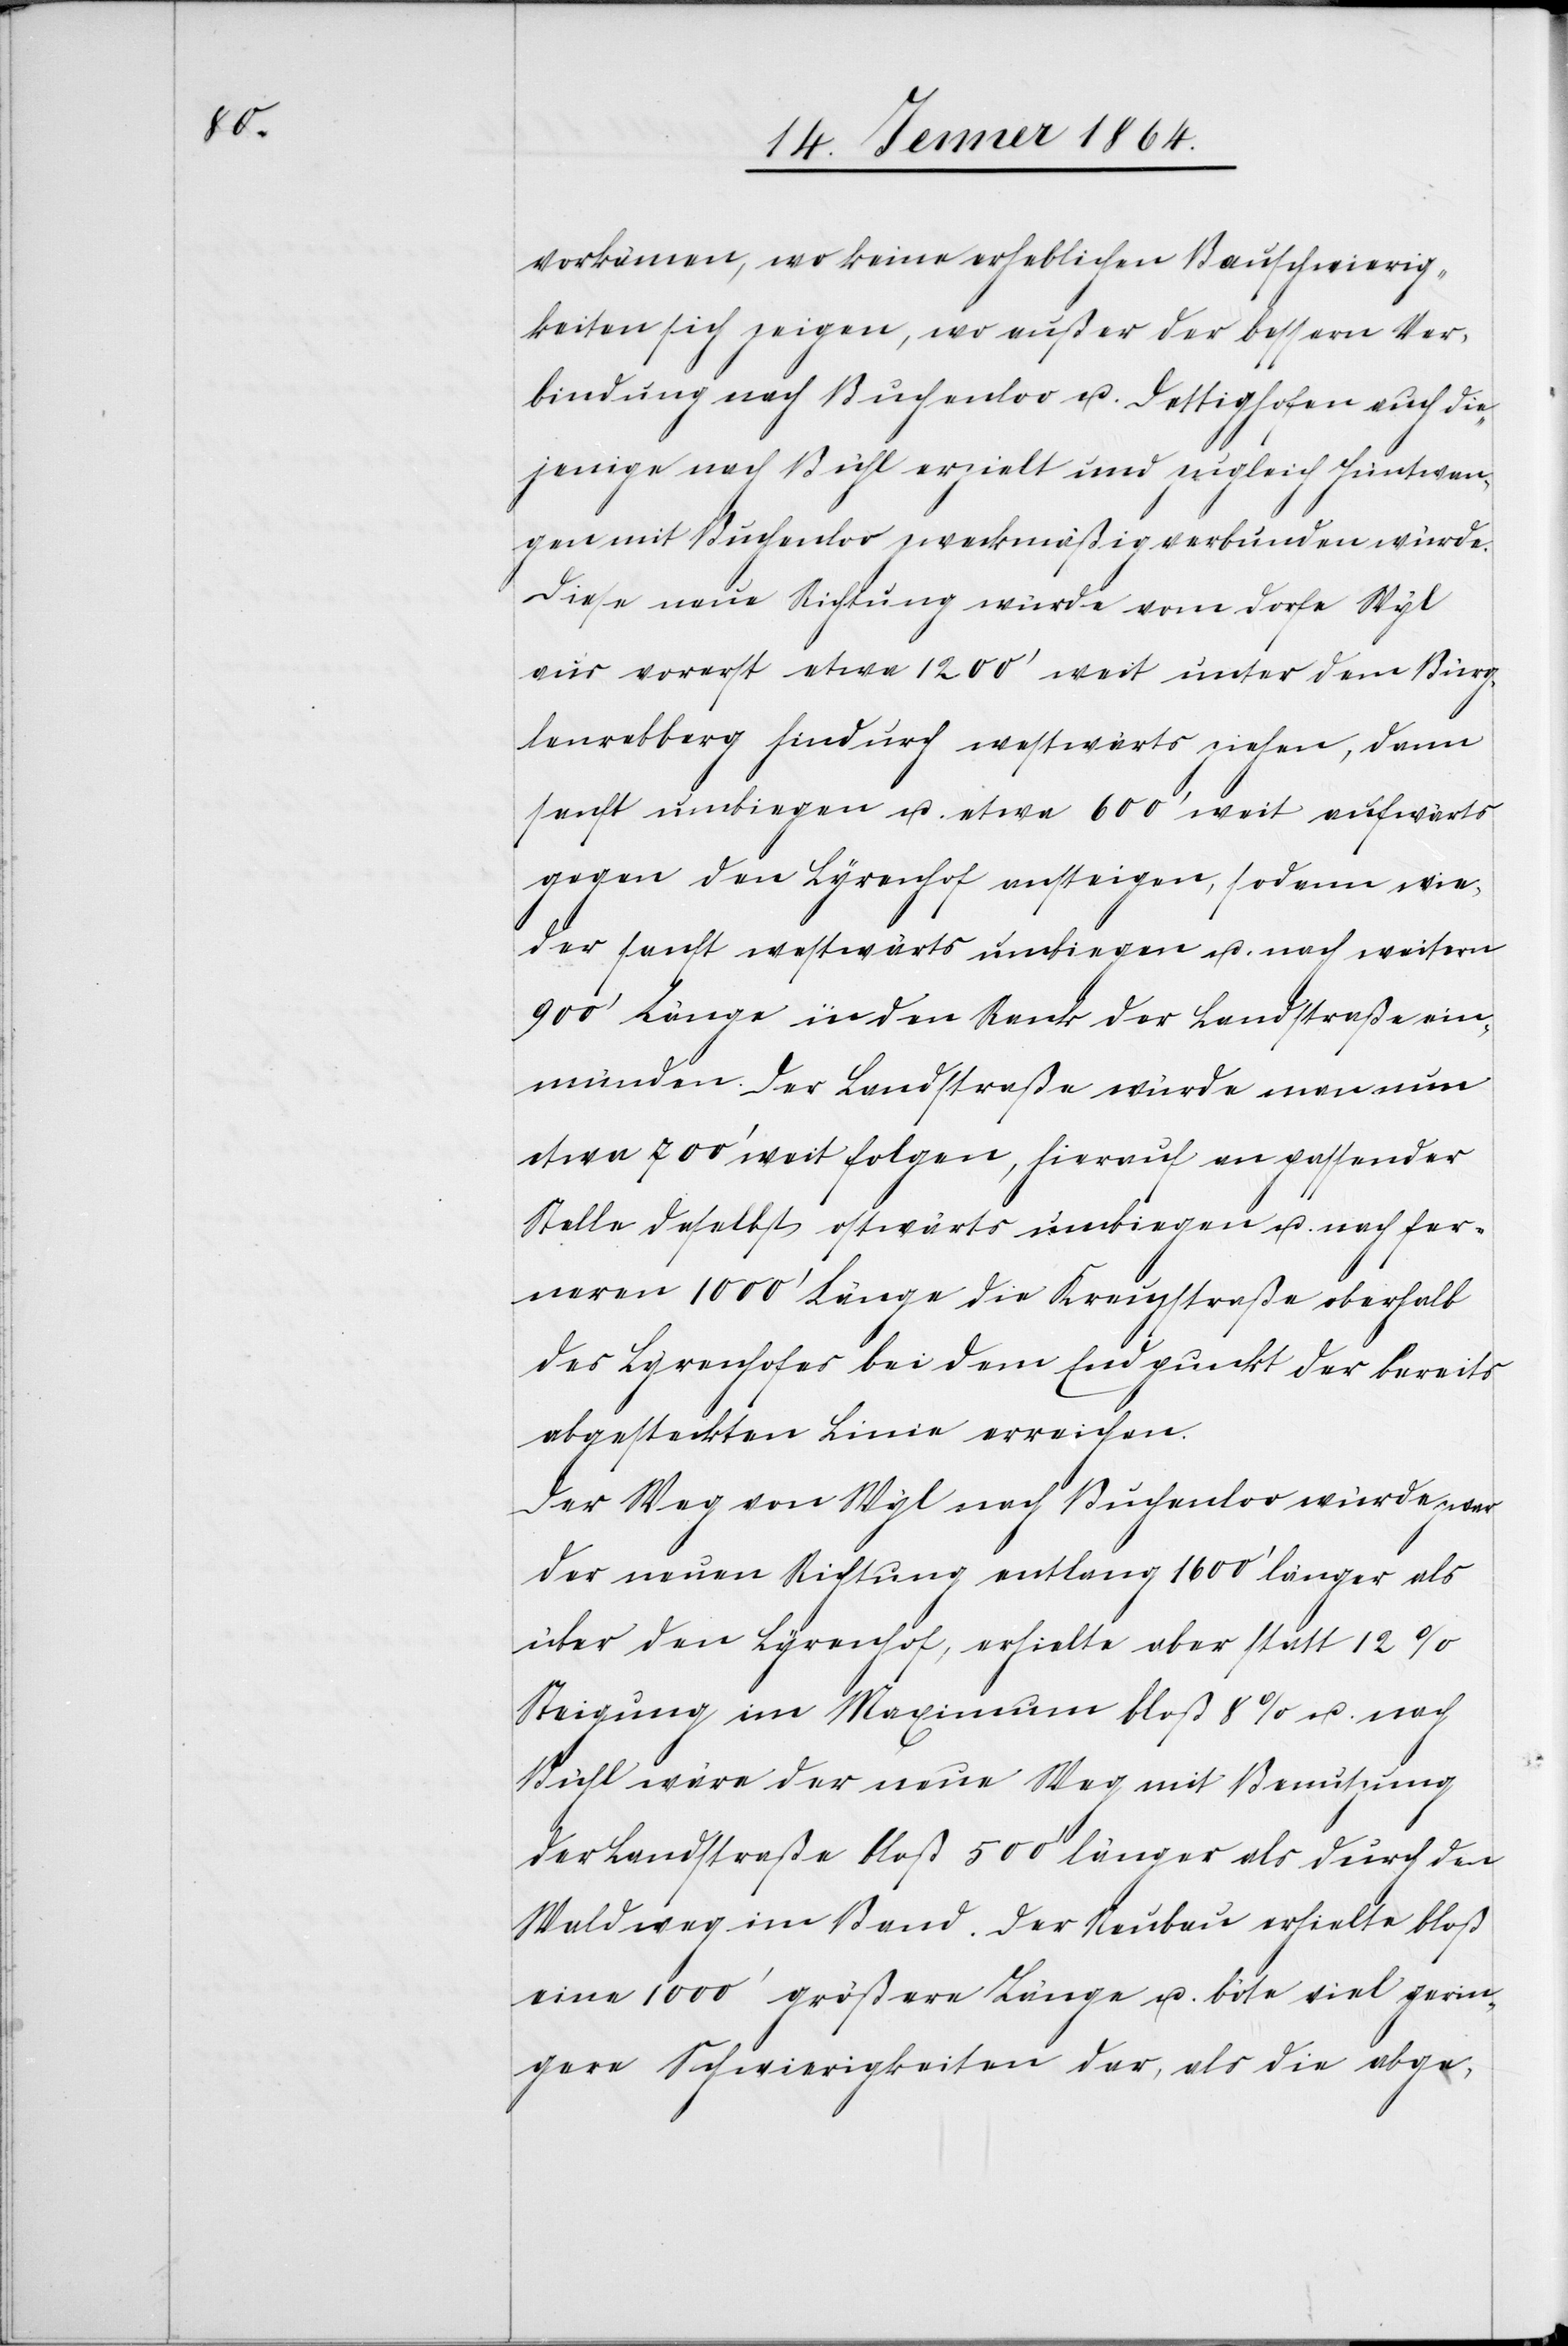
vorkämen, wo keine erheblichen Bauschwierig¬
keiten sich zeigen, wo außer der bessern Ver¬
bindung nach Buchenloo u. Dettighofen auch die¬
jenigen nach Bühl erzielt und zugleich Hüntwan¬
gen mit Buchenloo zweckmäßig verbunden würde.
Diese neue Richtung würde vom Dorfe Wyl
aus vorerst etwa 1200' weit unter dem Bürg¬
lenrebberg hindurch westwärts ziehen, dann
sanft umbiegen u. etwa 600' weit aufwärts
gegen den Lyrenhof aufsteigen, sodann wie¬
der sanft westwärts umbiegen u. nach weitern
900' Länge in den Rank der Landstraße ein¬
münden. Der Landstraße würde man nun
etwa 700' weit folgen, hierauf an passender
Stelle daselbst ostwärts umbiegen u. nach fer¬
neren 1000' Länge die Kreuzstraße oberhalb
des Lyrenhofes bei dem Endpunkt der bereits
abgesteckten Linie erreichen.
Der Weg von Wyl nach Buchenloo würde zwar
der neuen Richtung entlang 1600' länger als
über den Lyrenhof, erhielte aber statt 12%
Steigung im Maximum bloß 8% u. nach
Bühl wäre der neue Weg mit Benutzung
der Landstraße bloß 500' länger als durch den
Waldweg im Band. Der Neubau erhielte bloß
eine 1000' größere Länge u. böte viel gerin¬
gere Schwierigkeiten dar, als die abge-